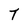
Character: T